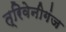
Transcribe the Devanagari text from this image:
त्रिवेनीगंज